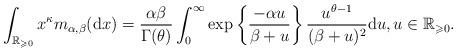
LaTeX: \begin{align*}\int_{\mathbb{R}_{\geqslant0}}x^{\kappa}m_{\alpha,\beta}(\mathrm{d}x)=\frac{\alpha\beta}{\Gamma(\theta)}\int_{0}^{\infty}\exp\left\lbrace \frac{-\alpha u}{\beta+u}\right\rbrace \frac{u^{\theta-1}}{(\beta+u)^{2}}\mathrm{d}u,u\in\mathbb{R}_{\geqslant0}.\end{align*}